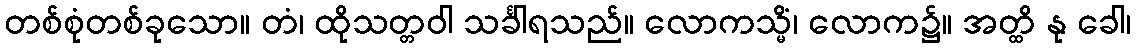
တစ်စုံတစ်ခုသော။ တံ၊ ထိုသတ္တဝါ သင်္ခါရသည်။ လောကသ္မိံ၊ လောက၌။ အတ္ထိ နု ခေါ၊